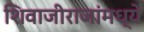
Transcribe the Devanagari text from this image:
शिवाजीराजांमध्ये